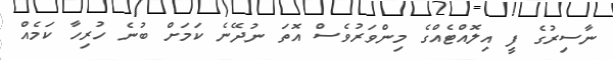
ނާސިރުގެ ފީ އިލޮއްޓެއްގެ މިންވަރުވެސް އޮތަ ނުދޭނެ ކަމަށް ބުނެ ހުރިހާ ކަމެއް